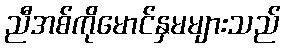
ညီအစ်ကိုမောင်နှမများသည်